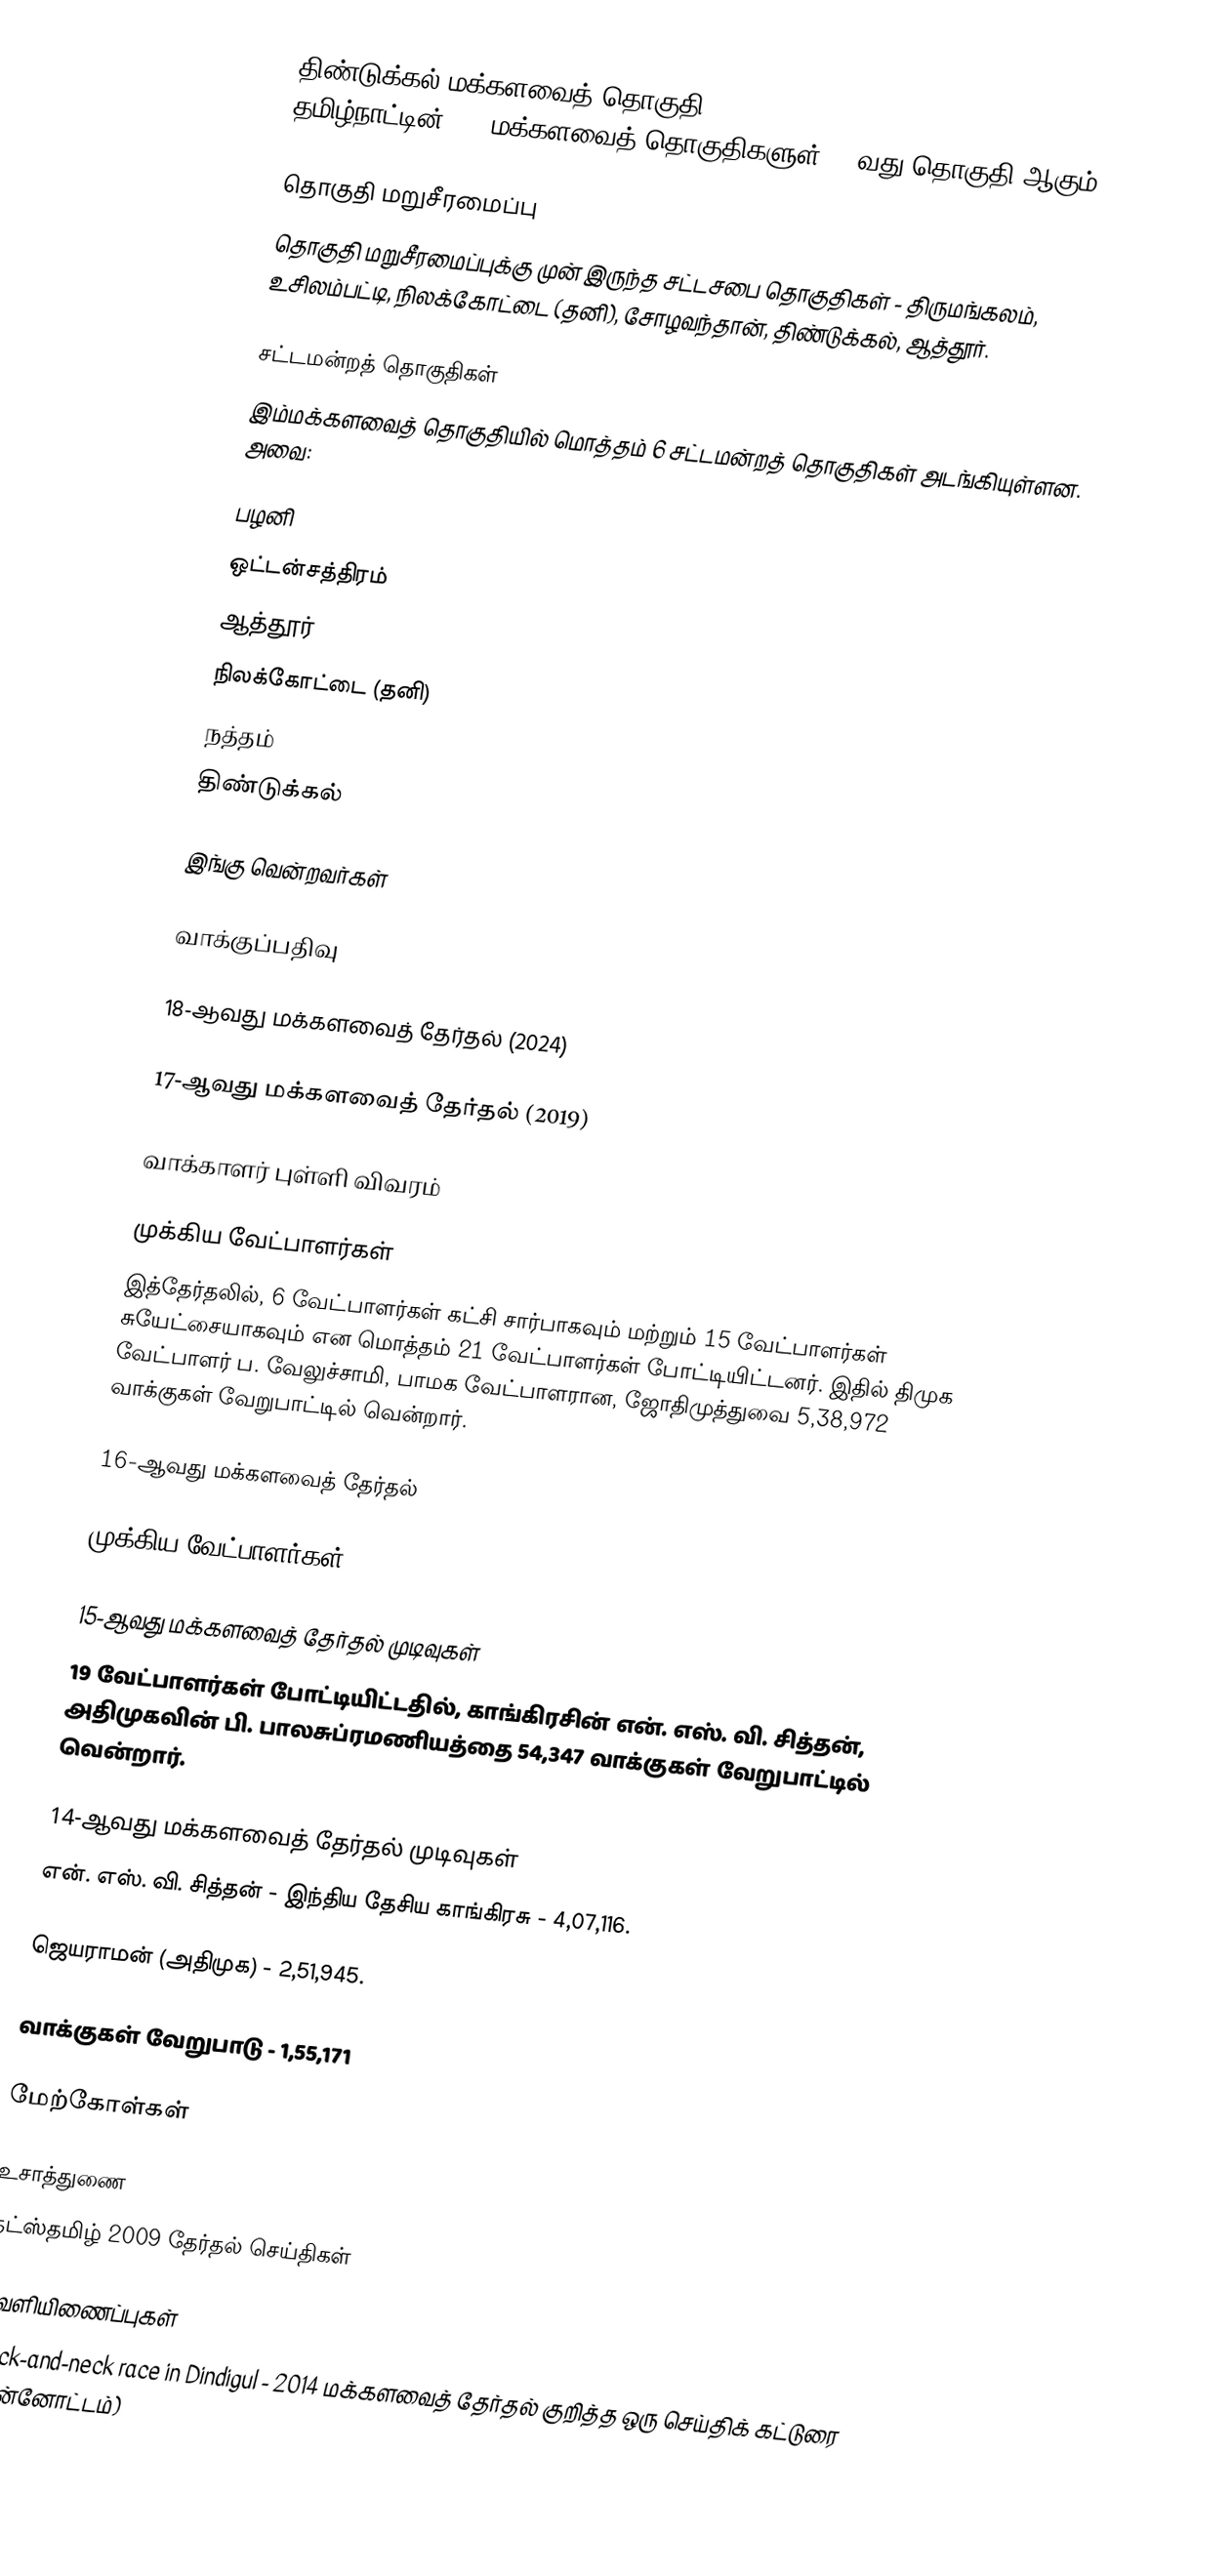
திண்டுக்கல் மக்களவைத் தொகுதி (Dindigul Lok Sabha constituency), தமிழ்நாட்டின், 39 மக்களவைத் தொகுதிகளுள், 22வது தொகுதி ஆகும்.

தொகுதி மறுசீரமைப்பு
தொகுதி மறுசீரமைப்புக்கு முன் இருந்த சட்டசபை தொகுதிகள் - திருமங்கலம், உசிலம்பட்டி, நிலக்கோட்டை (தனி), சோழவந்தான், திண்டுக்கல், ஆத்தூர்.

சட்டமன்றத் தொகுதிகள்
இம்மக்களவைத் தொகுதியில் மொத்தம் 6 சட்டமன்றத் தொகுதிகள் அடங்கியுள்ளன. அவை:

 பழனி
 ஒட்டன்சத்திரம்
 ஆத்தூர்
 நிலக்கோட்டை (தனி)
 நத்தம்
 திண்டுக்கல்

இங்கு வென்றவர்கள்

வாக்குப்பதிவு

18-ஆவது மக்களவைத் தேர்தல் (2024)

17-ஆவது மக்களவைத் தேர்தல் (2019)

வாக்காளர் புள்ளி விவரம்

முக்கிய வேட்பாளர்கள்
இத்தேர்தலில், 6 வேட்பாளர்கள் கட்சி சார்பாகவும் மற்றும் 15 வேட்பாளர்கள் சுயேட்சையாகவும் என மொத்தம் 21 வேட்பாளர்கள் போட்டியிட்டனர். இதில் திமுக வேட்பாளர் ப. வேலுச்சாமி, பாமக வேட்பாளரான, ஜோதிமுத்துவை 5,38,972 வாக்குகள் வேறுபாட்டில் வென்றார்.

16-ஆவது மக்களவைத் தேர்தல்

முக்கிய வேட்பாளர்கள்

15-ஆவது மக்களவைத் தேர்தல் முடிவுகள்
19 வேட்பாளர்கள் போட்டியிட்டதில், காங்கிரசின் என். எஸ். வி. சித்தன், அதிமுகவின் பி. பாலசுப்ரமணியத்தை 54,347 வாக்குகள் வேறுபாட்டில் வென்றார்.

14-ஆவது மக்களவைத் தேர்தல் முடிவுகள்
என். எஸ். வி. சித்தன் - இந்திய தேசிய காங்கிரசு - 4,07,116.

ஜெயராமன் (அதிமுக) - 2,51,945.

வாக்குகள் வேறுபாடு - 1,55,171

மேற்கோள்கள்

உசாத்துணை
 தட்ஸ்தமிழ் 2009 தேர்தல் செய்திகள்

வெளியிணைப்புகள்
 Neck-and-neck race in Dindigul - 2014 மக்களவைத் தேர்தல் குறித்த ஒரு செய்திக் கட்டுரை (முன்னோட்டம்)